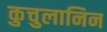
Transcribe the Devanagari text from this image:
कुचुलानिन